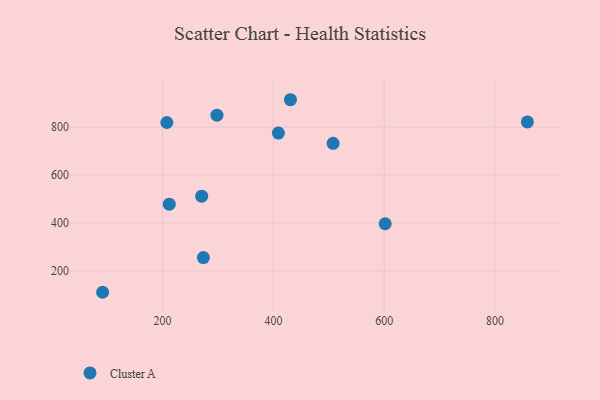
{"axis": {"x": "Price", "y": "Salary"}, "legend": ["Cluster A"], "data": [{"x": "207.6", "y": 819.0, "type": "Cluster A"}, {"x": "91.7", "y": 111.2, "type": "Cluster A"}, {"x": "430.8", "y": 914.0, "type": "Cluster A"}, {"x": "409.0", "y": 774.8, "type": "Cluster A"}, {"x": "273.6", "y": 255.7, "type": "Cluster A"}, {"x": "298.1", "y": 849.7, "type": "Cluster A"}, {"x": "507.8", "y": 732.3, "type": "Cluster A"}, {"x": "858.5", "y": 821.6, "type": "Cluster A"}, {"x": "601.8", "y": 396.9, "type": "Cluster A"}, {"x": "212.0", "y": 478.7, "type": "Cluster A"}, {"x": "270.5", "y": 512.0, "type": "Cluster A"}]}